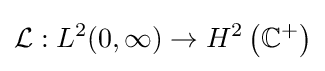
{\mathcal {L}}:L^{2}(0,\infty )\to H^{2}\left(\mathbb {C} ^{+}\right)